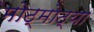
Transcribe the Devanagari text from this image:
मोठ्मोठ्या